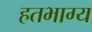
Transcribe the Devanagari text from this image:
हतभाग्य